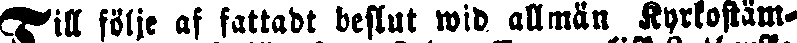
Till följe af fattadt beslut wid allmän Kyrkostäm-